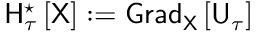
{ \sf H } _ { \tau } ^ { \star } \left[ \sf X \right] : = { \sf G r a d } _ { \sf X } \left[ { \sf U } _ { \tau } \right]